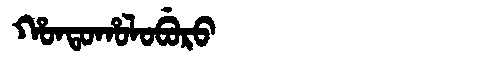
Manchu: ᡥᠣᠨᡨᠣᡥᠣᠯᠣᠪᡠᡵᠣ
Romanization: HONTOHOLOBURO